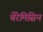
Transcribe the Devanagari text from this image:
चेरेमिसिन